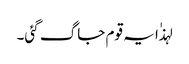
لہذٰا یہ قوم جاگ گئی۔